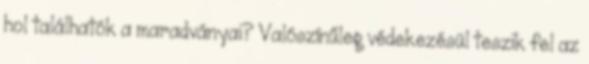
hol találhatók a maradványai? Valószínűleg védekezésül teszik fel az